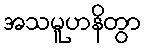
အသမူဟနိတွာ